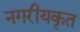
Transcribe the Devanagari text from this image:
नगरीयकृत